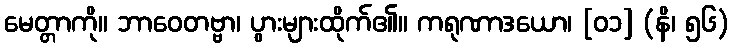
မေတ္တာကို။ ဘာဝေတဗ္ဗာ၊ ပွားများထိုက်၏။ ကရုဏာဒယော၊ [၀၁] (နိ၊ ၅၆)